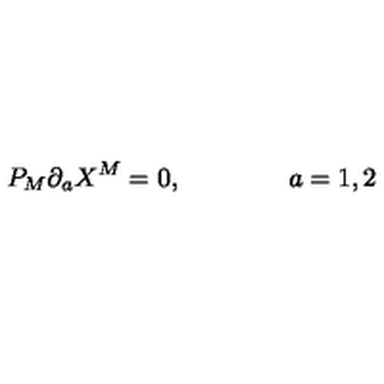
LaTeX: P _ { M } \partial _ { a } X ^ { M } = 0 , \qquad \qquad a = 1 , 2